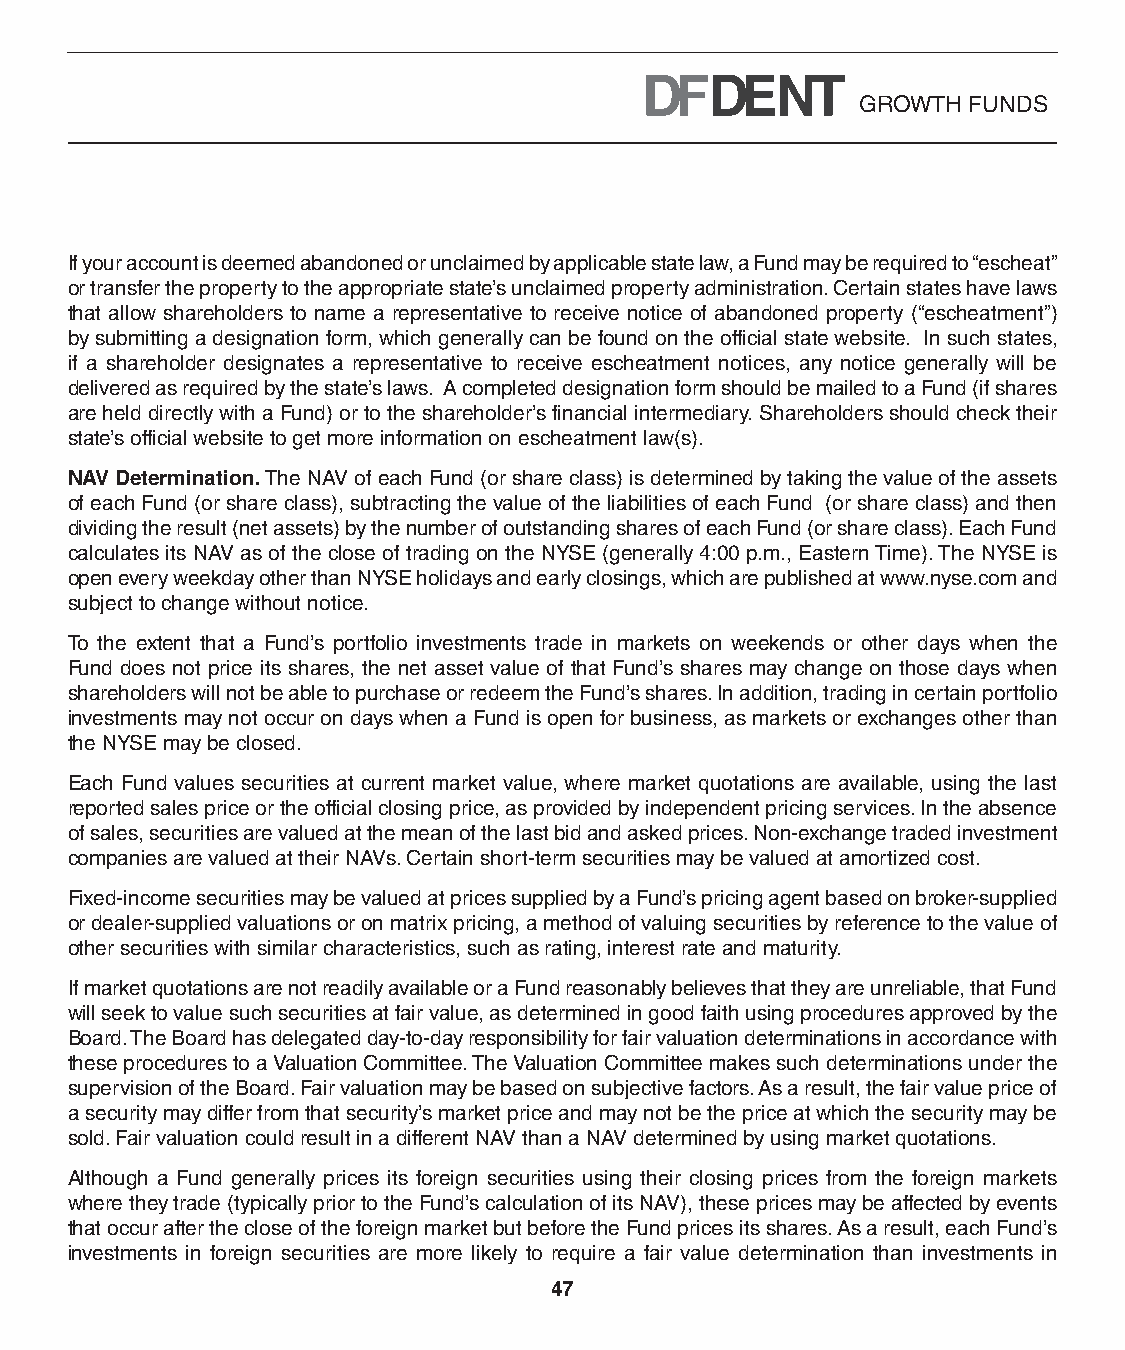
GROWTH FUNDS
 If your account is deemed abandoned or unclaimed by applicable state law, a Fund may be required to “escheat”
 or transfer the property to the appropriate state’s unclaimed property administration. Certain states have laws
 that allow shareholders to name a representative to receive notice of abandoned property (“escheatment”)
 by submitting a designation form, which generally can be found on the official state website. In such states,
 if a shareholder designates a representative to receive escheatment notices, any notice generally will be
 delivered as required by the state’s laws. A completed designation form should be mailed to a Fund (if shares
 are held directly with a Fund) or to the shareholder’s financial intermediary. Shareholders should check their
 state’s official website to get more information on escheatment law(s).
 NAV Determination. The NAV of each Fund (or share class) is determined by taking the value of the assets
 of each Fund (or share class), subtracting the value of the liabilities of each Fund (or share class) and then
 dividing the result (net assets) by the number of outstanding shares of each Fund (or share class). Each Fund
 calculates its NAV as of the close of trading on the NYSE (generally 4:00 p.m., Eastern Time). The NYSE is
 open every weekday other than NYSE holidays and early closings, which are published at www.nyse.com and
 subject to change without notice.
 To the extent that a Fund’s portfolio investments trade in markets on weekends or other days when the
 Fund does not price its shares, the net asset value of that Fund’s shares may change on those days when
 shareholders will not be able to purchase or redeem the Fund’s shares. In addition, trading in certain portfolio
 investments may not occur on days when a Fund is open for business, as markets or exchanges other than
 the NYSE may be closed.
 Each Fund values securities at current market value, where market quotations are available, using the last
 reported sales price or the official closing price, as provided by independent pricing services. In the absence
 of sales, securities are valued at the mean of the last bid and asked prices. Non-exchange traded investment
 companies are valued at their NAVs. Certain short-term securities may be valued at amortized cost.
 Fixed-income securities may be valued at prices supplied by a Fund’s pricing agent based on broker-supplied
 or dealer-supplied valuations or on matrix pricing, a method of valuing securities by reference to the value of
 other securities with similar characteristics, such as rating, interest rate and maturity.
 If market quotations are not readily available or a Fund reasonably believes that they are unreliable, that Fund
 will seek to value such securities at fair value, as determined in good faith using procedures approved by the
 Board. The Board has delegated day-to-day responsibility for fair valuation determinations in accordance with
 these procedures to a Valuation Committee. The Valuation Committee makes such determinations under the
 supervision of the Board. Fair valuation may be based on subjective factors. As a result, the fair value price of
 a security may differ from that security’s market price and may not be the price at which the security may be
 sold. Fair valuation could result in a different NAV than a NAV determined by using market quotations.
 Although a Fund generally prices its foreign securities using their closing prices from the foreign markets
 where they trade (typically prior to the Fund’s calculation of its NAV), these prices may be affected by events
 that occur after the close of the foreign market but before the Fund prices its shares. As a result, each Fund’s
 investments in foreign securities are more likely to require a fair value determination than investments in
 47